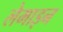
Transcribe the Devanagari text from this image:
लेमाइन